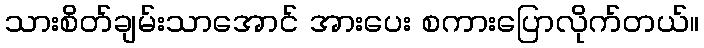
သားစိတ်ချမ်းသာအောင် အားပေး စကားပြောလိုက်တယ်။